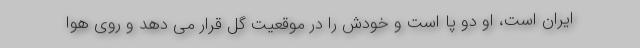
ایران است، او دو پا است و خودش را در موقعیت گل قرار می دهد و روی هوا